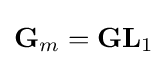
\mathbf {G} _{m}=\mathbf {GL} _{1}